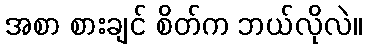
အစာ စားချင် စိတ်က ဘယ်လိုလဲ။